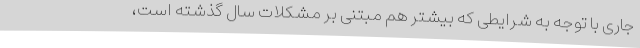
جاری با توجه به شرایطی که بیشتر هم مبتنی ‌بر مشکلات سال گذشته است،